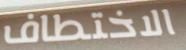
الاختطاف